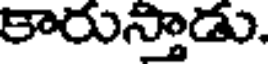
కారుస్తాడు.